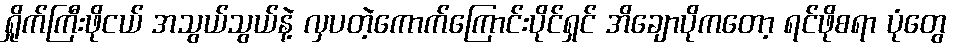
ရှိုက်ကြီးဖိုငယ် အသွယ်သွယ်နဲ့ လှပတဲ့ကောက်ကြောင်းပိုင်ရှင် အိချောပိုကတော့ ရင်ဖိုစရာ ပုံတွေ